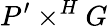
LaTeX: P^{\prime}\times^{H}G